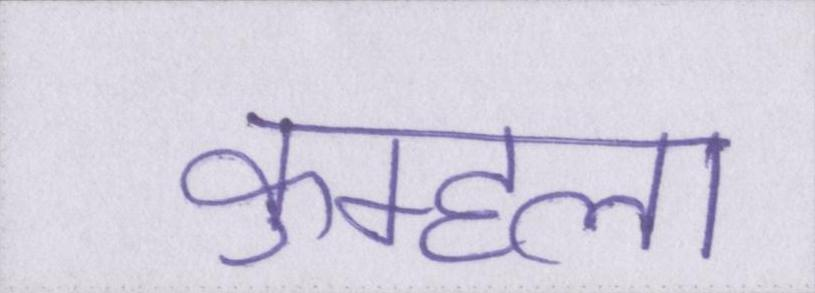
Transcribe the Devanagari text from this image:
कुम्हला